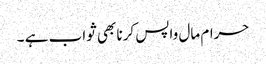
حرام مال واپس کرنا بھی ثواب ہے ۔